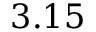
3 . 1 5